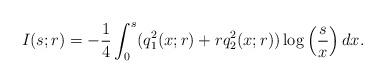
LaTeX: \begin{align*}I(s;r) = \displaystyle -\frac{1}{4} \int_{0}^{s} (q_{1}^{2}(x;r)+rq_{2}^{2}(x;r))\log \left( \frac{s}{x}\right) dx.\end{align*}